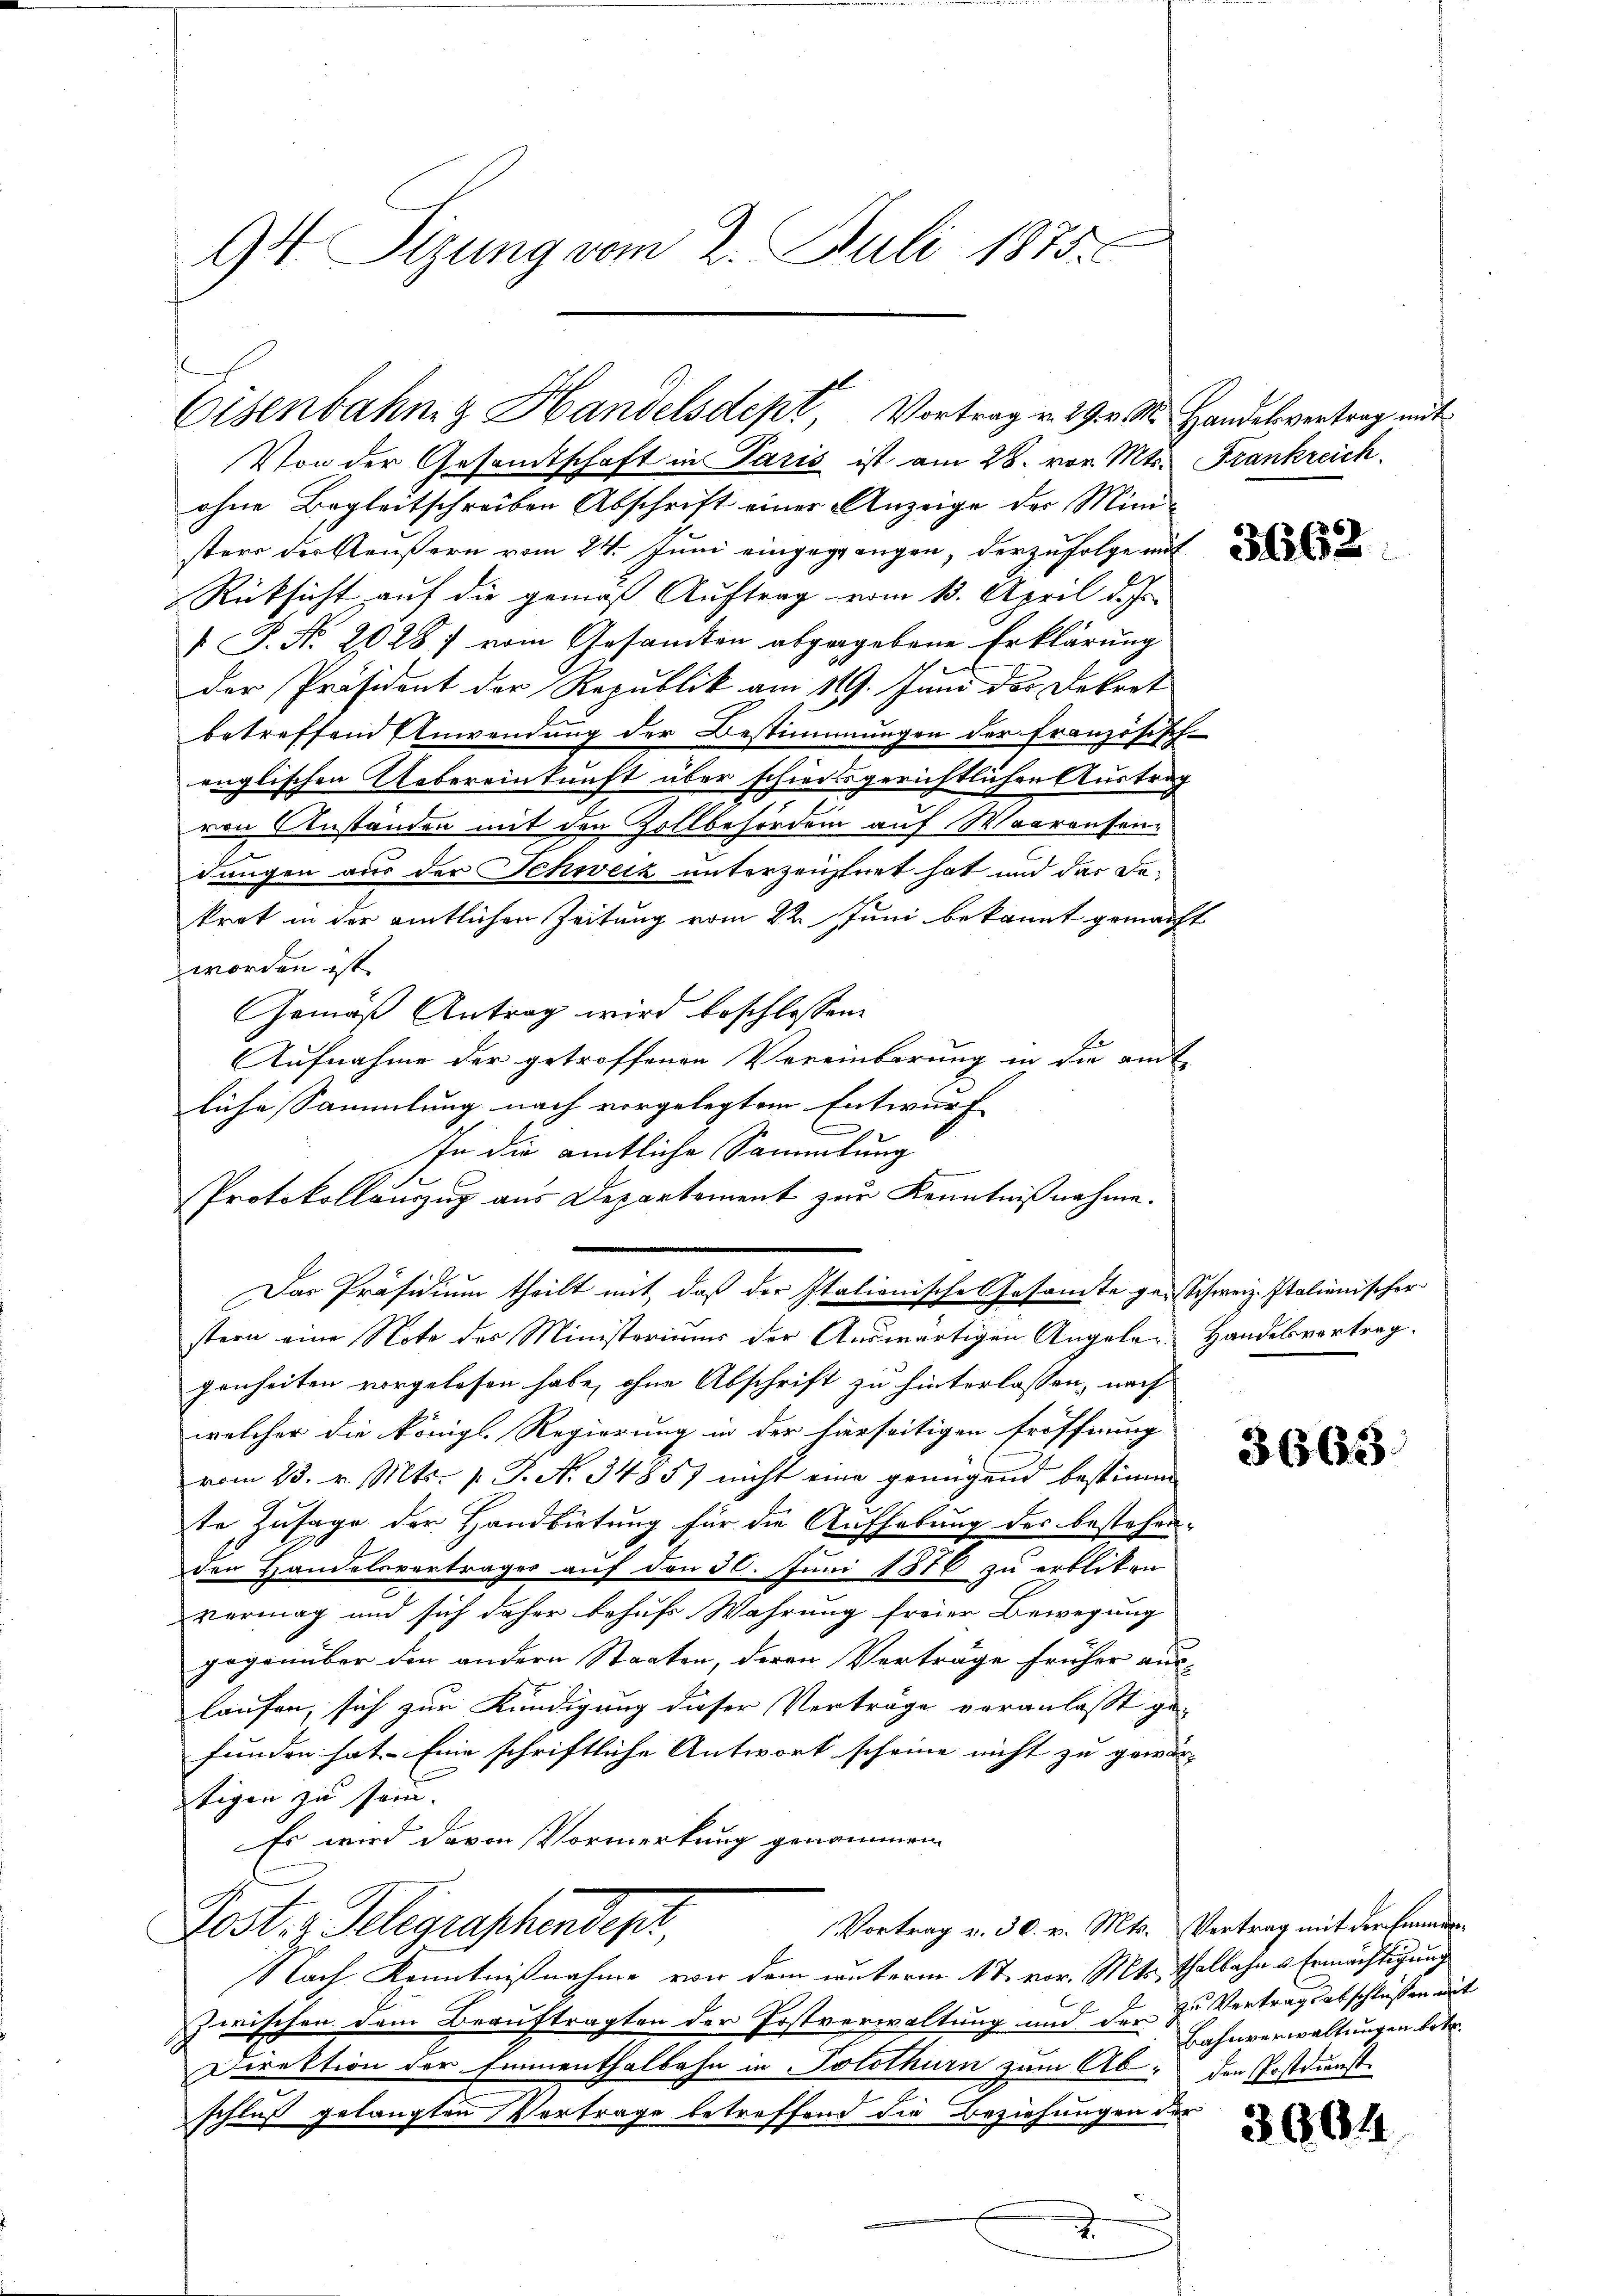
94 Sizung vom 2. Juli 1875.

Von der Gesandtschaft in Paris ist am 28. vor. Mts. Frankreich
ohne Begleitschreiben Abschrift einer Anzeige der Mini-
stere der Reußern vom 24. Juni eingegangen, der zufolgeri
Rücksicht auf die gemäß Auftrag vom 13. April d. Js.
V. P. Nr. 2028.) vom Gesamten abgegebene Erklärung
der Präsident der Republik am 119. Juni das Dekret
betreffend Anwendung der Bestimmungen der Französisch-
englischen Uebereinkunft über schweisgerichtlichen Austrag
von Anständen mit den Zollbehördern auf Waarausen
dungen aus der Schweiz unterzeichnet hat und das Dekrat in der amtlichen Zeitung vom 22. Juni bekannt gemacht
worden ist.
Gemäß Antrag wird beschlossen.
Aufnahme der getroffenen Vereinbarung in die amt
liche Sammlung nach vorgelegtem Entwurf
e
In die amtliche Sammlung
Protokollauszug aus Departement zur Kenntnißnahme.
stern eine Note des Ministeriums der Auswärtigen Angeler Handelsvertrag.
genheiten vorgelesen habe, ohne Abschrift zu hinterlassen, nach
welcher die Königl. Regierung in der hierseitigen Eröffnung
vom 23. v. Mts. v. J. No. 34857 nicht eine genügend bestimm
te Zusage der Handbietung für die Aufhebung des bestehender Handelsvertrages auf den 30. Juni 1876 zu erbliten
vermag und sich daher behufs Wahrung freier Bewegung
gegenüber den andern Staaten, deren Verträge früher auslaufen, sich zur Kündigung dieser Verträge veranlasst ge-
funden hat. Eine schriftliche Antwort scheine nicht zu gewär-
stigen zu sein.
Es wird davon Vormerkung genommen.
Vortrag v. 30. v. Mts. Vertrag mit der Einner¬
Post. Seligraphendes,
Nach Kenntnißnahme von dem unterm 17. vor. Mts. Thalbahn u Ermächtigung
zwischen dem Beauftragten der Postverwaltung und der zu Vertragsabschlüßen mit
Direktion der Emmenthalbahn in Solothurn zum Ab- den Postdienst
schluß gelangten Vertrage betreffend die Beziehungen der
s
.

Eisenbahng Handelsdept, Vortrag v. 29. v. M. Handelsvertrag mit

Das Präsidium theilt mit, daß der Italionische Gesamte ge-Schweiz. Italienischer

3663.

Bahnverwaltungen betr.

2904